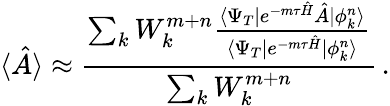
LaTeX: \langle\hat{A}\rangle\approx\frac{\sum_{k}W_{k}^{m+n}\frac{\langle\Psi_{T}|e^{-m\tau\hat{H}}\hat{A}|\phi_{k}^{n}\rangle}{\langle\Psi_{T}|e^{-m\tau\hat{H}}|\phi_{k}^{n}\rangle}}{\sum_{k}W_{k}^{m+n}}\, .